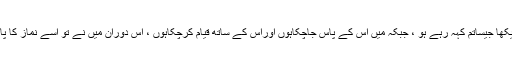
تو محمدبن حنفیہ نے کہا کہ میں نے تو اس کے اندر ایسا کچھ نہیں دیکھا جیساتم کہہ رہے ہو ، جبکہ میں اس کے پاس جاچکاہوں اوراس کے ساتھ قیام کرچکاہوں ، اس دوران میں نے تو اسے نماز کا پابند، خیرکا متلاشی ، علم دین کاطالب ، اورسنت کا ہمیشہ پاسدار پایا ۔